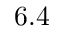
6 . 4